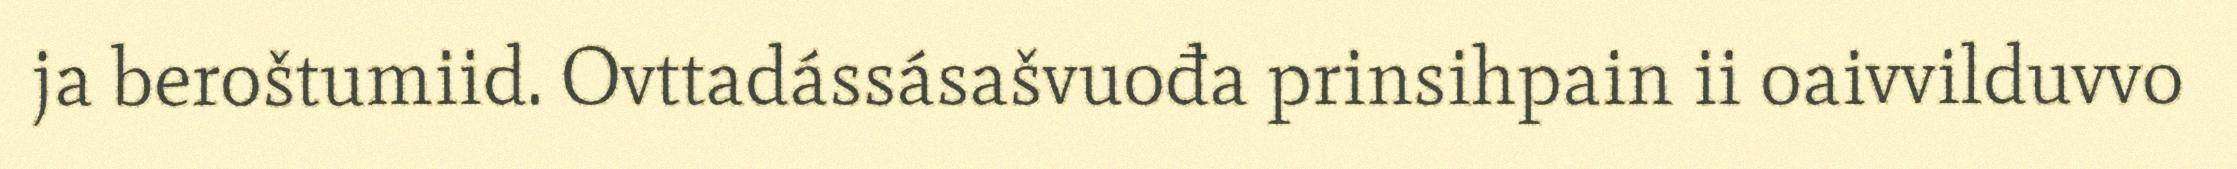
ja beroštumiid. Ovttadássásašvuođa prinsihpain ii oaivvilduvvo